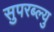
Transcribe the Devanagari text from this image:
सुपरब्ल्यु